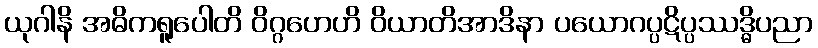
ယုဂါနိ အဓိကရူပေါတိ ဝိဂ္ဂဟေဟိ ဝိယာတိအာဒိနာ ပယောဂပ္ပဋိပ္ပဿဒ္ဓိပညာ